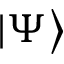
| \Psi \bigr >